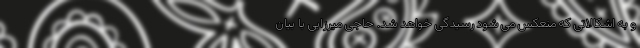
و به اشکالاتی که منعکس می شود رسیدگی خواهد شد. حاجی میرزایی با بیان